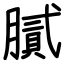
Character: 膩